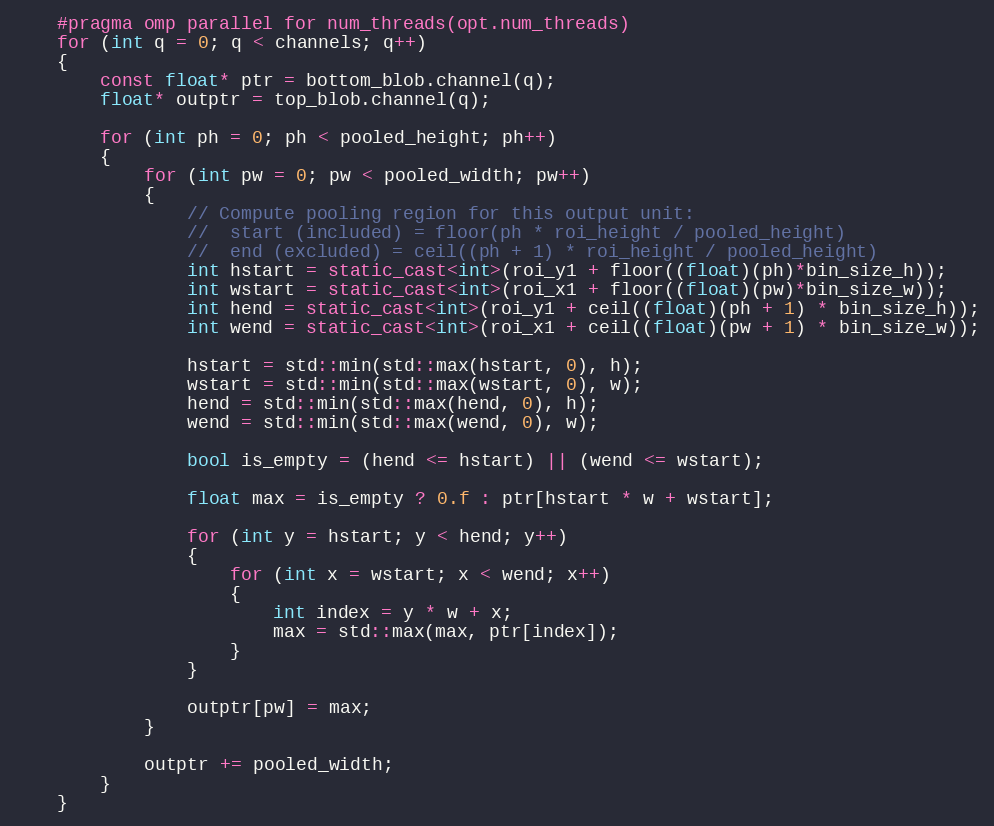
Language: C++
    #pragma omp parallel for num_threads(opt.num_threads)
    for (int q = 0; q < channels; q++)
    {
        const float* ptr = bottom_blob.channel(q);
        float* outptr = top_blob.channel(q);

        for (int ph = 0; ph < pooled_height; ph++)
        {
            for (int pw = 0; pw < pooled_width; pw++)
            {
                // Compute pooling region for this output unit:
                //  start (included) = floor(ph * roi_height / pooled_height)
                //  end (excluded) = ceil((ph + 1) * roi_height / pooled_height)
                int hstart = static_cast<int>(roi_y1 + floor((float)(ph)*bin_size_h));
                int wstart = static_cast<int>(roi_x1 + floor((float)(pw)*bin_size_w));
                int hend = static_cast<int>(roi_y1 + ceil((float)(ph + 1) * bin_size_h));
                int wend = static_cast<int>(roi_x1 + ceil((float)(pw + 1) * bin_size_w));

                hstart = std::min(std::max(hstart, 0), h);
                wstart = std::min(std::max(wstart, 0), w);
                hend = std::min(std::max(hend, 0), h);
                wend = std::min(std::max(wend, 0), w);

                bool is_empty = (hend <= hstart) || (wend <= wstart);

                float max = is_empty ? 0.f : ptr[hstart * w + wstart];

                for (int y = hstart; y < hend; y++)
                {
                    for (int x = wstart; x < wend; x++)
                    {
                        int index = y * w + x;
                        max = std::max(max, ptr[index]);
                    }
                }

                outptr[pw] = max;
            }

            outptr += pooled_width;
        }
    }